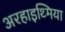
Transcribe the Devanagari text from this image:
अरहाइथ्मिया